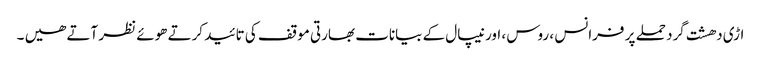
اڑی دھشت گرد حملے پر فرانس ، روس ، اور نیپال کے بیانات بھارتی موقف کی تائید کرتے ھوئے نظر آتے ھیں ۔